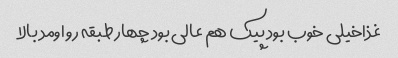
غذاخیلی خوب بود پیک هم عالی بود چهار طبقه رو اومد بالا